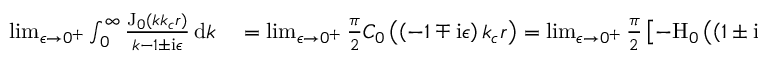
\begin{array} { r l } { \operatorname* { l i m } _ { \epsilon \rightarrow 0 ^ { + } } \int _ { 0 } ^ { \infty } \frac { \mathrm { J } _ { 0 } ( k k _ { c } r ) } { k - 1 \pm \mathrm { i } \epsilon } \, \mathrm { d } k } & { { } = \operatorname* { l i m } _ { \epsilon \rightarrow 0 ^ { + } } \frac { \pi } { 2 } C _ { 0 } \left( \left( - 1 \mp \mathrm { i } \epsilon \right) k _ { c } r \right) = \operatorname* { l i m } _ { \epsilon \rightarrow 0 ^ { + } } \frac { \pi } { 2 } \left[ - \mathrm { H } _ { 0 } \left( \left( 1 \pm \mathrm { i } \epsilon \right) k _ { c } r \right) - \mathrm { Y } _ { 0 } \left( \left( 1 \pm \mathrm { i } \epsilon \right) k _ { c } r \right) \mp 2 \mathrm { i } \mathrm { J } _ { 0 } \left( \left( 1 \pm \mathrm { i } \epsilon \right) k _ { c } r \right) \right] } \end{array}